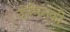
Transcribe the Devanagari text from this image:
दोमिनकी